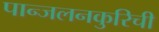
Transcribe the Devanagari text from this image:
पान्जलनकुरिची